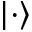
{ \left| \cdot \right\rangle }